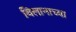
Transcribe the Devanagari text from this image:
बिलानाच्या